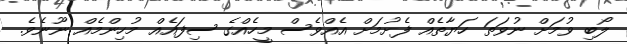
ލޯބި ވުމަށް ނުވަތަ ހަޔާތެއް ފެށުމަށް އެއްވެސް މީހެއްގެ ސިފައެއް މުހިންމެއް ނޫނެވެ.